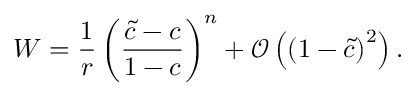
W = \frac { 1 } { r } \left( \frac { \tilde { c } - c } { 1 - c } \right) ^ { n } + \mathcal { O } \left( \left( 1 - \tilde { c } \right) ^ { 2 } \right) .